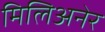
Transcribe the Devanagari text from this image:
मिलिअनेर